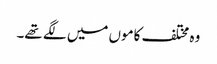
وہ مختلف کاموں میں لگے تھے۔